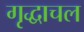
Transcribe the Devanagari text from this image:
गृद्धाचल